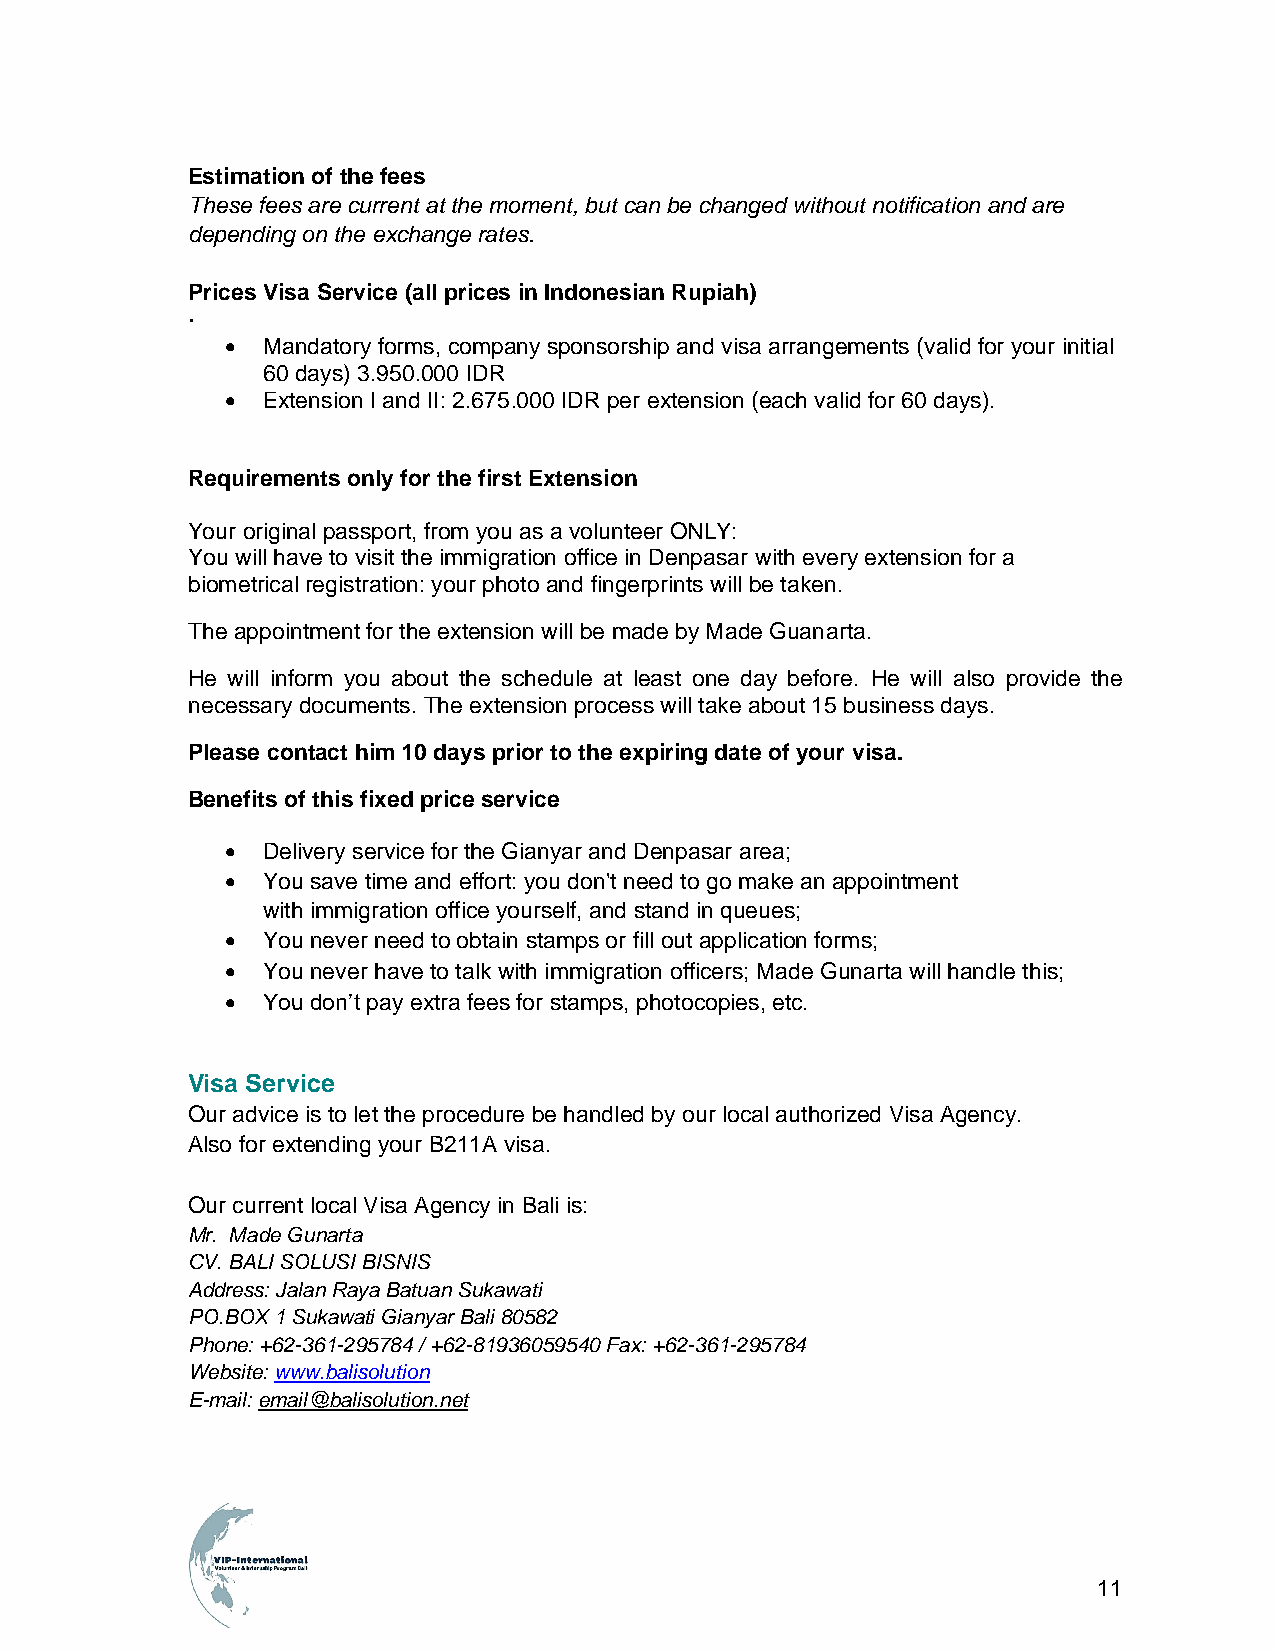
Estimation of the fees
 These fees are current at the moment, but can be changed without notification and are
 depending on the exchange rates.
 Prices Visa Service (all prices in Indonesian Rupiah)
 ·
 • Mandatory forms, company sponsorship and visa arrangements (valid for your initial
 60 days) 3.950.000 IDR
 • Extension I and II: 2.675.000 IDR per extension (each valid for 60 days).
 Requirements only for the first Extension
 Your original passport, from you as a volunteer ONLY:
 You will have to visit the immigration office in Denpasar with every extension for a
 biometrical registration: your photo and fingerprints will be taken.
 The appointment for the extension will be made by Made Guanarta.
 He will inform you about the schedule at least one day before. He will also provide the
 necessary documents. The extension process will take about 15 business days.
 Please contact him 10 days prior to the expiring date of your visa.
 Benefits of this fixed price service
 • Delivery service for the Gianyar and Denpasar area;
 • You save time and effort: you don't need to go make an appointment
 with immigration office yourself, and stand in queues;
 • You never need to obtain stamps or fill out application forms;
 • You never have to talk with immigration officers; Made Gunarta will handle this;
 • You don’t pay extra fees for stamps, photocopies, etc.
 Visa Service
 Our advice is to let the procedure be handled by our local authorized Visa Agency.
 Also for extending your B211A visa.
 Our current local Visa Agency in Bali is:
 Mr. Made Gunarta
 CV. BALI SOLUSI BISNIS
 Address: Jalan Raya Batuan Sukawati
 PO.BOX 1 Sukawati Gianyar Bali 80582
 Phone: +62-361-295784 / +62-81936059540 Fax: +62-361-295784
 Website: www.balisolution
 E-mail: email@balisolution.net
 11